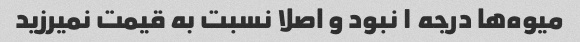
میوه‌ها درجه ۱ نبود و اصلا نسبت به قیمت نمیرزید